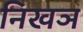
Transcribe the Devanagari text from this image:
निखञ